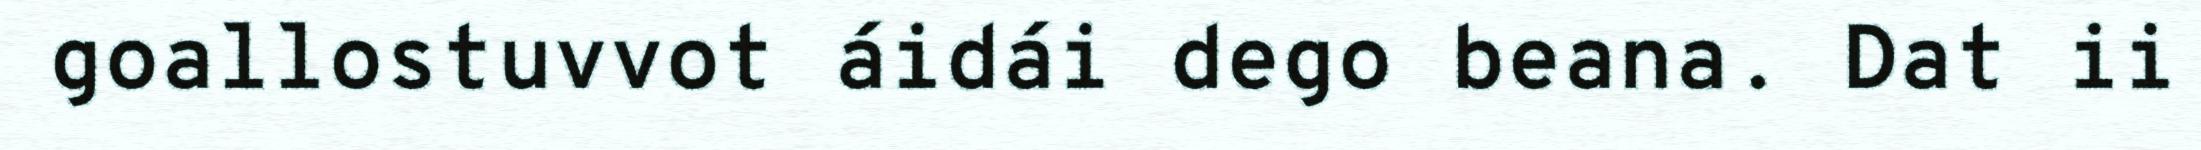
goallostuvvot áidái dego beana. Dat ii